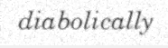
diabolically